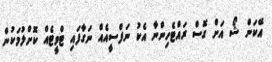
އޭކަން ޝޯ އަށް ގޮސް ރައްޓެހިންނާ އެކު ނަފްސީއެއް ނަގާފައި ޓްވީޓެއް ކޮށްލުމަކުން